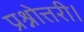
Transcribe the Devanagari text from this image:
प्रश्नोत्तरी।